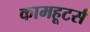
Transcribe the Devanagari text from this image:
कामहूटर्स